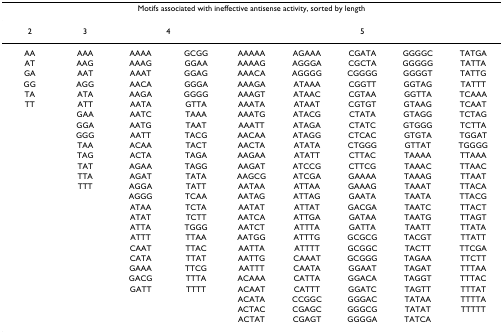
<table><thead><tr><td colspan="9"><b>Motifs associated with ineffective antisense activity, sorted by length</b></td></tr></thead><tbody><tr><td>2</td><td>3</td><td colspan="2">4</td><td colspan="5">5</td></tr><tr><td>AA</td><td>AAA</td><td>AAAA</td><td>GCGG</td><td>AAAAA</td><td>AGAAA</td><td>CGATA</td><td>GGGGC</td><td>TATGA</td></tr><tr><td>AT</td><td>AAG</td><td>AAAG</td><td>GGAA</td><td>AAAAG</td><td>AGGGA</td><td>CGCTA</td><td>GGGGG</td><td>TATTA</td></tr><tr><td>GA</td><td>AAT</td><td>AAAT</td><td>GGAG</td><td>AAACA</td><td>AGGGG</td><td>CGGGG</td><td>GGGGT</td><td>TATTG</td></tr><tr><td>GG</td><td>AGG</td><td>AACA</td><td>GGGA</td><td>AAAGA</td><td>ATAAA</td><td>CGGTT</td><td>GGTAG</td><td>TATTT</td></tr><tr><td>TA</td><td>ATA</td><td>AAGA</td><td>GGGG</td><td>AAAGT</td><td>ATAAC</td><td>CGTAA</td><td>GGTTA</td><td>TCAAA</td></tr><tr><td>TT</td><td>ATT</td><td>AATA</td><td>GTTA</td><td>AAATA</td><td>ATAAT</td><td>CGTGT</td><td>GTAAG</td><td>TCAAT</td></tr><tr><td>[EMPTY_CELL]</td><td>GAA</td><td>AATC</td><td>TAAA</td><td>AAATG</td><td>ATACG</td><td>CTATA</td><td>GTAGG</td><td>TCTAG</td></tr><tr><td>[EMPTY_CELL]</td><td>GGA</td><td>AATG</td><td>TAAT</td><td>AAATT</td><td>ATAGA</td><td>CTATC</td><td>GTGGG</td><td>TCTTA</td></tr><tr><td>[EMPTY_CELL]</td><td>GGG</td><td>AATT</td><td>TACG</td><td>AACAA</td><td>ATAGG</td><td>CTCAC</td><td>GTGTA</td><td>TGGAT</td></tr><tr><td>[EMPTY_CELL]</td><td>TAA</td><td>ACAA</td><td>TACT</td><td>AACTA</td><td>ATATA</td><td>CTGGG</td><td>GTTAT</td><td>TGGGG</td></tr><tr><td>[EMPTY_CELL]</td><td>TAG</td><td>ACTA</td><td>TAGA</td><td>AAGAA</td><td>ATATT</td><td>CTTAC</td><td>TAAAA</td><td>TTAAA</td></tr><tr><td>[EMPTY_CELL]</td><td>TAT</td><td>AGAA</td><td>TAGG</td><td>AAGAT</td><td>ATCCG</td><td>CTTCG</td><td>TAAAC</td><td>TTAAC</td></tr><tr><td>[EMPTY_CELL]</td><td>TTA</td><td>AGAT</td><td>TATA</td><td>AAGCG</td><td>ATCGA</td><td>GAAAA</td><td>TAAAG</td><td>TTAAT</td></tr><tr><td>[EMPTY_CELL]</td><td>TTT</td><td>AGGA</td><td>TATT</td><td>AATAA</td><td>ATTAA</td><td>GAAAG</td><td>TAAAT</td><td>TTACA</td></tr><tr><td>[EMPTY_CELL]</td><td>[EMPTY_CELL]</td><td>AGGG</td><td>TCAA</td><td>AATAG</td><td>ATTAG</td><td>GAATA</td><td>TAATA</td><td>TTACG</td></tr><tr><td>[EMPTY_CELL]</td><td>[EMPTY_CELL]</td><td>ATAA</td><td>TCTA</td><td>AATAT</td><td>ATTAT</td><td>GACGA</td><td>TAATC</td><td>TTACT</td></tr><tr><td>[EMPTY_CELL]</td><td>[EMPTY_CELL]</td><td>ATAT</td><td>TCTT</td><td>AATCA</td><td>ATTGA</td><td>GATAA</td><td>TAATG</td><td>TTAGT</td></tr><tr><td>[EMPTY_CELL]</td><td>[EMPTY_CELL]</td><td>ATTA</td><td>TGGG</td><td>AATCT</td><td>ATTTA</td><td>GATTA</td><td>TAATT</td><td>TTATA</td></tr><tr><td>[EMPTY_CELL]</td><td>[EMPTY_CELL]</td><td>ATTT</td><td>TTAA</td><td>AATGG</td><td>ATTTG</td><td>GCGCG</td><td>TACGT</td><td>TTATT</td></tr><tr><td>[EMPTY_CELL]</td><td>[EMPTY_CELL]</td><td>CAAT</td><td>TTAC</td><td>AATTA</td><td>ATTTT</td><td>GCGGC</td><td>TACTT</td><td>TTCGA</td></tr><tr><td>[EMPTY_CELL]</td><td>[EMPTY_CELL]</td><td>CATA</td><td>TTAT</td><td>AATTG</td><td>CAAAT</td><td>GCGGG</td><td>TAGAA</td><td>TTCTT</td></tr><tr><td>[EMPTY_CELL]</td><td>[EMPTY_CELL]</td><td>GAAA</td><td>TTCG</td><td>AATTT</td><td>CAATA</td><td>GGAAT</td><td>TAGAT</td><td>TTTAA</td></tr><tr><td>[EMPTY_CELL]</td><td>[EMPTY_CELL]</td><td>GACG</td><td>TTTA</td><td>ACAAA</td><td>CATTA</td><td>GGACA</td><td>TAGGT</td><td>TTTAC</td></tr><tr><td>[EMPTY_CELL]</td><td>[EMPTY_CELL]</td><td>GATT</td><td>TTTT</td><td>ACAAT</td><td>CATTT</td><td>GGATC</td><td>TAGTT</td><td>TTTAT</td></tr><tr><td>[EMPTY_CELL]</td><td>[EMPTY_CELL]</td><td>[EMPTY_CELL]</td><td>[EMPTY_CELL]</td><td>ACATA</td><td>CCGGC</td><td>GGGAC</td><td>TATAA</td><td>TTTTA</td></tr><tr><td>[EMPTY_CELL]</td><td>[EMPTY_CELL]</td><td>[EMPTY_CELL]</td><td>[EMPTY_CELL]</td><td>ACTAC</td><td>CGAGC</td><td>GGGCG</td><td>TATAT</td><td>TTTTT</td></tr><tr><td>[EMPTY_CELL]</td><td>[EMPTY_CELL]</td><td>[EMPTY_CELL]</td><td>[EMPTY_CELL]</td><td>ACTAT</td><td>CGAGT</td><td>GGGGA</td><td>TATCA</td><td>[EMPTY_CELL]</td></tr></tbody></table>